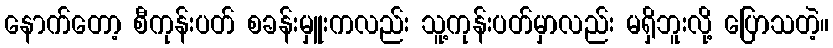
နောက်တော့ စီကုန်းပတ် စခန်းမှူးကလည်း သူ့ကုန်းပတ်မှာလည်း မရှိဘူးလို့ ပြောသတဲ့။